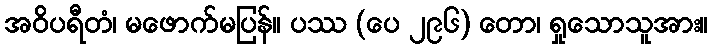
အဝိပရီတံ၊ မဖောက်မပြန်။ ပဿ (ပေ ၂၉၆) တော၊ ရှုသောသူအား။